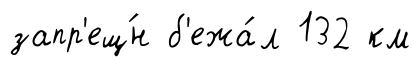
запр'ещ́н б'ежа́л 132 км